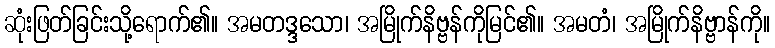
ဆုံးဖြတ်ခြင်းသို့ရောက်၏။ အမတဒ္ဒသော၊ အမြိုက်နိဗ္ဗန်ကိုမြင်၏။ အမတံ၊ အမြိုက်နိဗ္ဗာန်ကို။